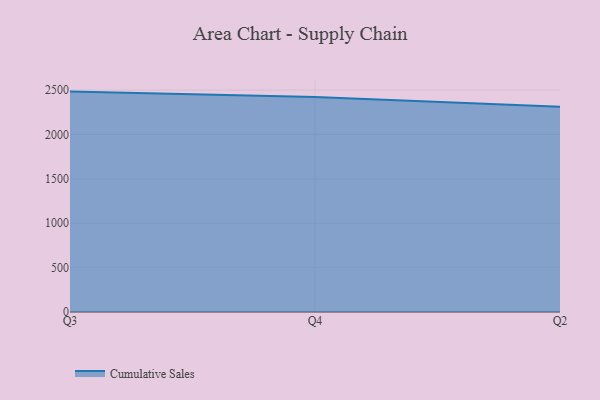
{"axis": {"x": "Quarter", "y": "Shipments"}, "legend": ["Cumulative Sales"], "data": [{"x": "Q3", "y": 2483.1, "type": "Cumulative Sales"}, {"x": "Q4", "y": 2423.2, "type": "Cumulative Sales"}, {"x": "Q2", "y": 2312.8, "type": "Cumulative Sales"}]}